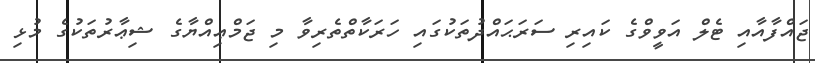
ޖައްފާއާއި ޓެލް އަވީވްގެ ކައިރި ސަރަޙައްދުތަކުގައި ހަރަކާތްތެރިވާ މި ޖަމްޢިއްޔާގެ ޝިޢާރުތަކުގެ މުޅި